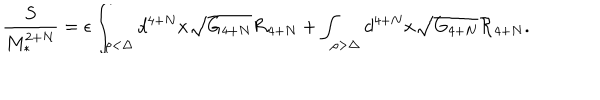
{ \frac { S } { M _ { * } ^ { 2 + N } } } = \epsilon \int _ { \rho < \Delta } d ^ { 4 + N } x \sqrt { G _ { 4 + N } } { \cal R } _ { 4 + N } + \int _ { \rho > \Delta } d ^ { 4 + N } x \sqrt { G _ { 4 + N } } { \cal R } _ { 4 + N } .